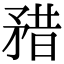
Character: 矠